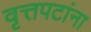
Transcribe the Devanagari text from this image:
वृत्तपटांना